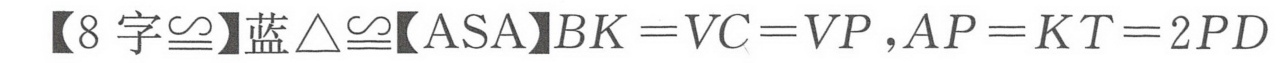
【8 字$\cong$】蓝$\triangle\cong$【ASA】$BK = VC = VP ,AP = KT = 2PD$